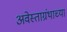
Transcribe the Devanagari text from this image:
अवेस्ताग्रंथाच्या